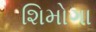
શિમોગા